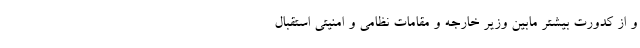
و از کدورت بیشتر مابین وزیر خارجه و مقامات نظامی و امنیتی استقبال